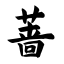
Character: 蔷